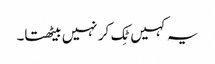
یہ کہیں ٹِک کر نہیں بیٹھتا۔